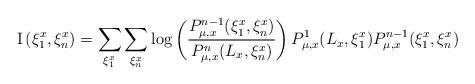
LaTeX: \begin{align*}\mathrm{I}\left(\xi_{1}^{x},\xi_{n}^{x}\right)=\sum_{\xi_{1}^{x}}\sum_{\xi_{n}^{x}}\log\left(\frac{P_{\mu,x}^{n-1}(\xi_{1}^{x},\xi_{n}^{x})}{P_{\mu,x}^{n}(L_{x},\xi_{n}^{x})}\right)P_{\mu,x}^{1}(L_{x},\xi_{1}^{x})P_{\mu,x}^{n-1}(\xi_{1}^{x},\xi_{n}^{x})\end{align*}